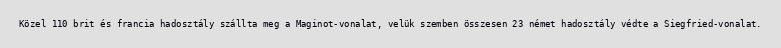
Közel 110 brit és francia hadosztály szállta meg a Maginot-vonalat, velük szemben összesen 23 német hadosztály védte a Siegfried-vonalat.